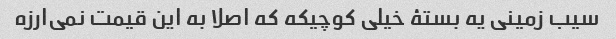
سیب زمینی یه بستۀ خیلی کوچیکه که اصلا به این قیمت نمی‌ارزه